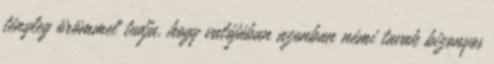
tényleg örömmel tudja, hogy valójában azonban némi tavak bizonyos